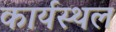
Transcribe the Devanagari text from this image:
कार्यस्‍थल